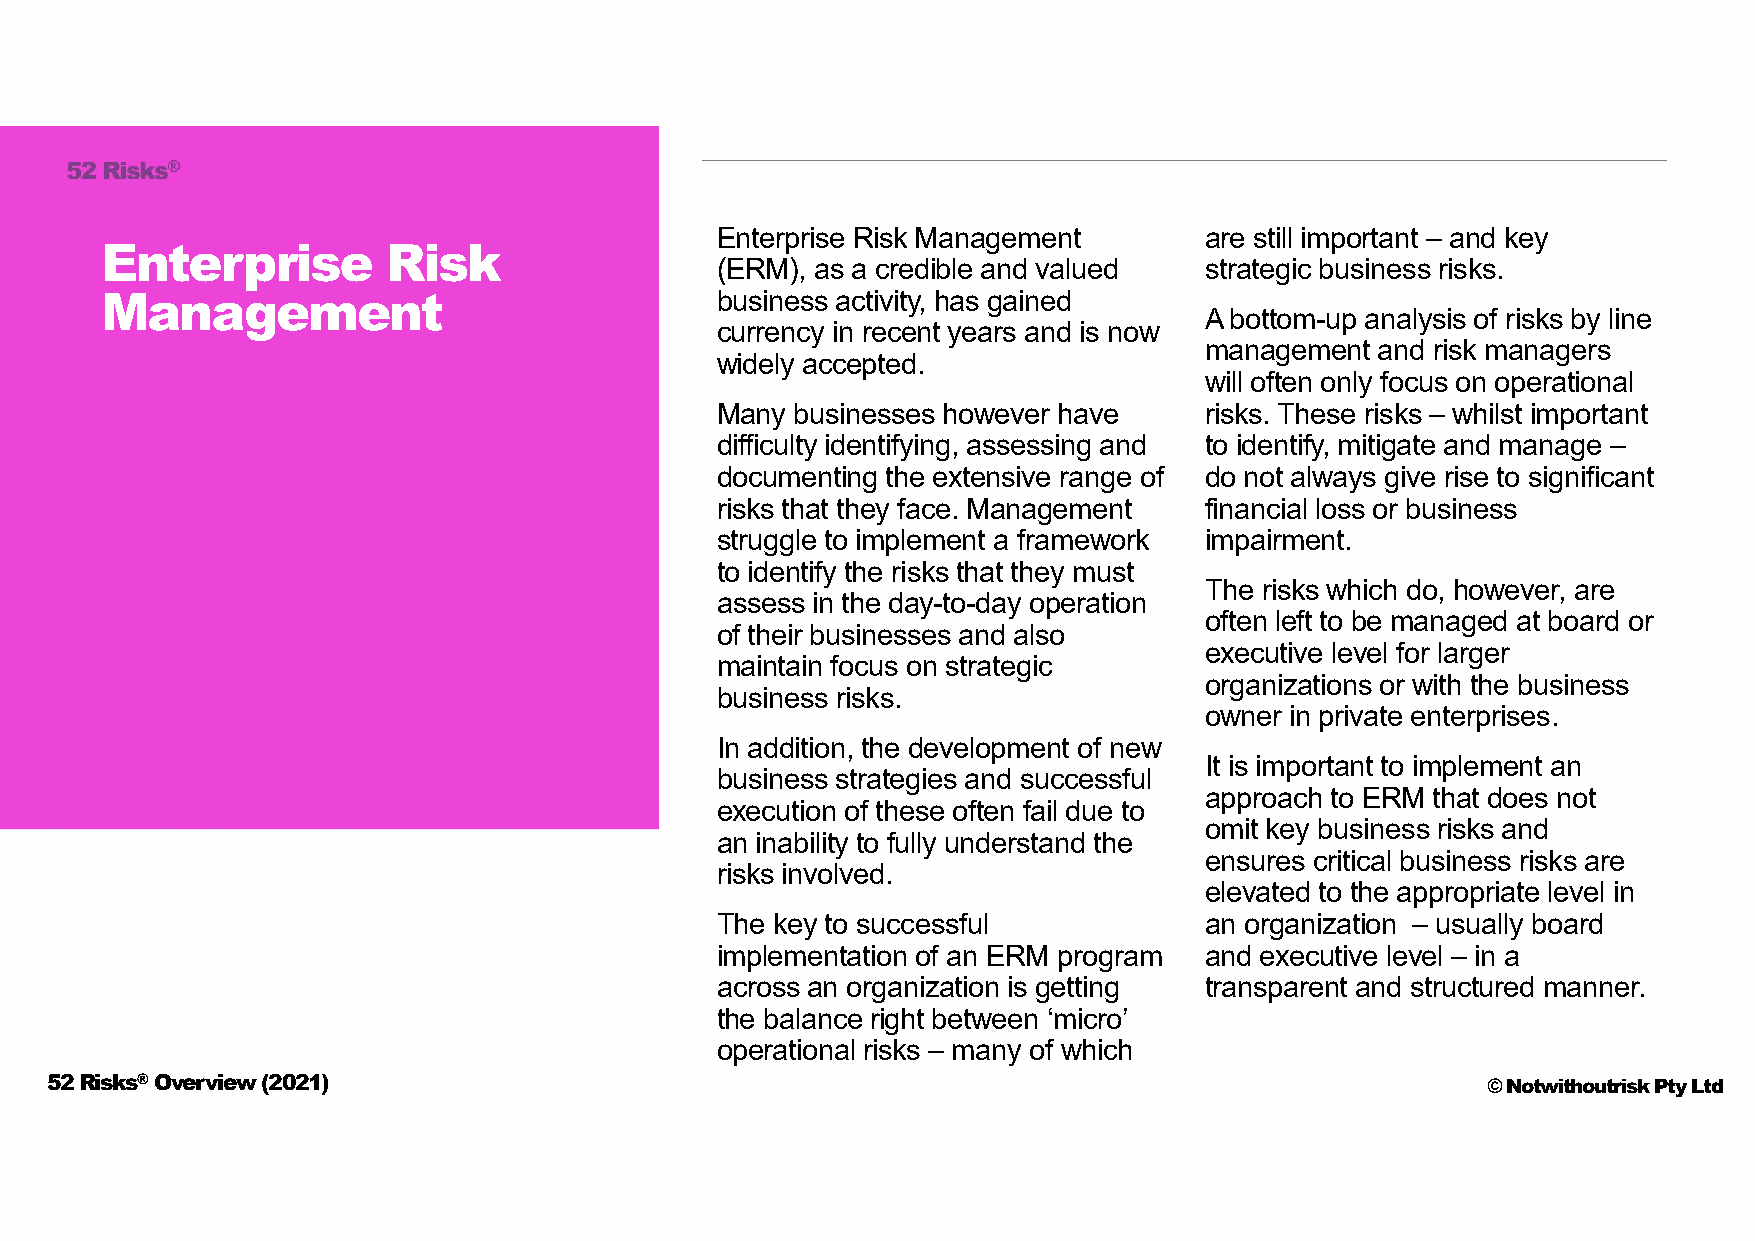
Enterprise Risk Management       are still important – and key
 Enterprise         Risk
 (ERM), as a credible and valued  strategic business risks.
 business activity, has gained
 Management
 A bottom-up analysis of risks by line
 currency in recent years and is now
 management and risk managers
 widely accepted.
 will often only focus on operational
 Many  businesses however have    risks. These risks – whilst important
 difficulty identifying, assessing and to identify, mitigate and manage –
 documenting the extensive range of do not always give rise to significant
 risks that they face. Management financial loss or business
 struggle to implement a framework impairment.
 to identify the risks that they must
 The risks which do, however, are
 assess in the day-to-day operation
 often left to be managed at board or
 of their businesses and also
 executive level for larger
 maintain focus on strategic
 organizations or with the business
 business risks.
 owner in private enterprises.
 In addition, the development of new
 It is important to implement an
 business strategies and successful
 approach to ERM that does not
 execution of these often fail due to
 omit key business risks and
 an inability to fully understand the
 ensures critical business risks are
 risks involved.
 elevated to the appropriate level in
 The key to successful            an organization – usually board
 implementation of an ERM program and executive level – in a
 across an organization is getting transparent and structured manner.
 the balance right between ‘micro’
 operational risks – many of which
 52 Risks®Overview (2021)                                                                       © Notwithoutrisk Pty Ltd